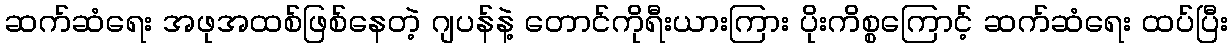
ဆက်ဆံရေး အဖုအထစ်ဖြစ်နေတဲ့ ဂျပန်နဲ့ တောင်ကိုရီးယားကြား ပိုးကိစ္စကြောင့် ဆက်ဆံရေး ထပ်ပြီး